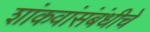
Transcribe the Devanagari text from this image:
शांकवांसंबंधीचे